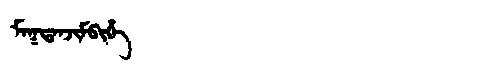
Manchu: ᠮᠠᡴᡨᠠᠨᠵᡳᠮᠪᡳᡥᡝ
Romanization: MAKTANJIMBIHE